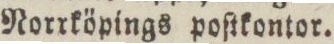
Norrköpings poſtkontor.